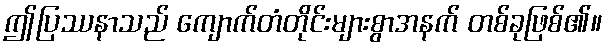
ဤပြဿနာသည် ကျောက်တံတိုင်းများစွာအနက် တစ်ခုဖြစ်၏။